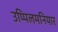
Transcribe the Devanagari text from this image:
उप्पिलमनियार